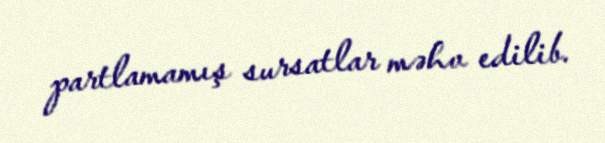
partlamamış sursatlar məhv edilib.